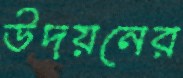
উদয়নের